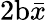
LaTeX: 2\mathrm{b}\bar{x}